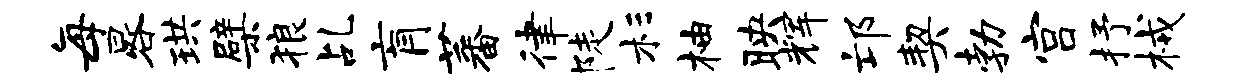
每晷珙檗狼乩肓蕃律陡杉柚映辉邙契勃宫抒械